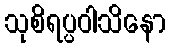
သုစိရပ္ပဝါသိနော